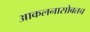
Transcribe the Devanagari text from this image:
आकलनासोबतच